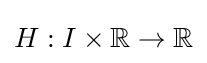
H:I\times \mathbb {R} \to \mathbb {R}